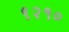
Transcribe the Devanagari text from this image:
९२१०